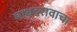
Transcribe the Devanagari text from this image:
माधवरावाचा